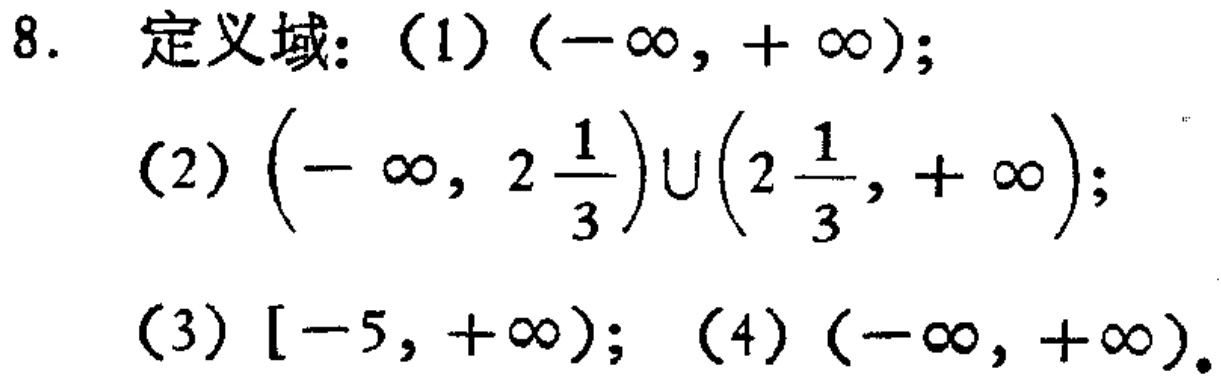
8. 定义域：(1) \((-\infty,+\infty)\);

(2) \(\left(-\infty,2\frac{1}{3}\right)\cup\left(2\frac{1}{3},+\infty\right)\);

(3) \([-5,+\infty)\); (4) \((-\infty,+\infty)\).